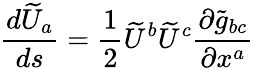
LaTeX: {\frac{d{\widetilde{U}}_{a}}{ds}}={\frac{1}{2}}{\widetilde{U}}^{b}{\widetilde{U}}^{c}{\frac{\partial{\widetilde{g}}_{bc}}{\partial x^{a}}}